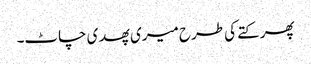
پھر کتے کی طرح میری پھدی چاٹ۔